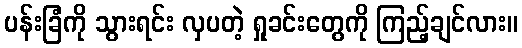
ပန်းခြံကို သွားရင်း လှပတဲ့ ရှုခင်းတွေကို ကြည့်ချင်လား။